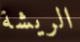
الريشة